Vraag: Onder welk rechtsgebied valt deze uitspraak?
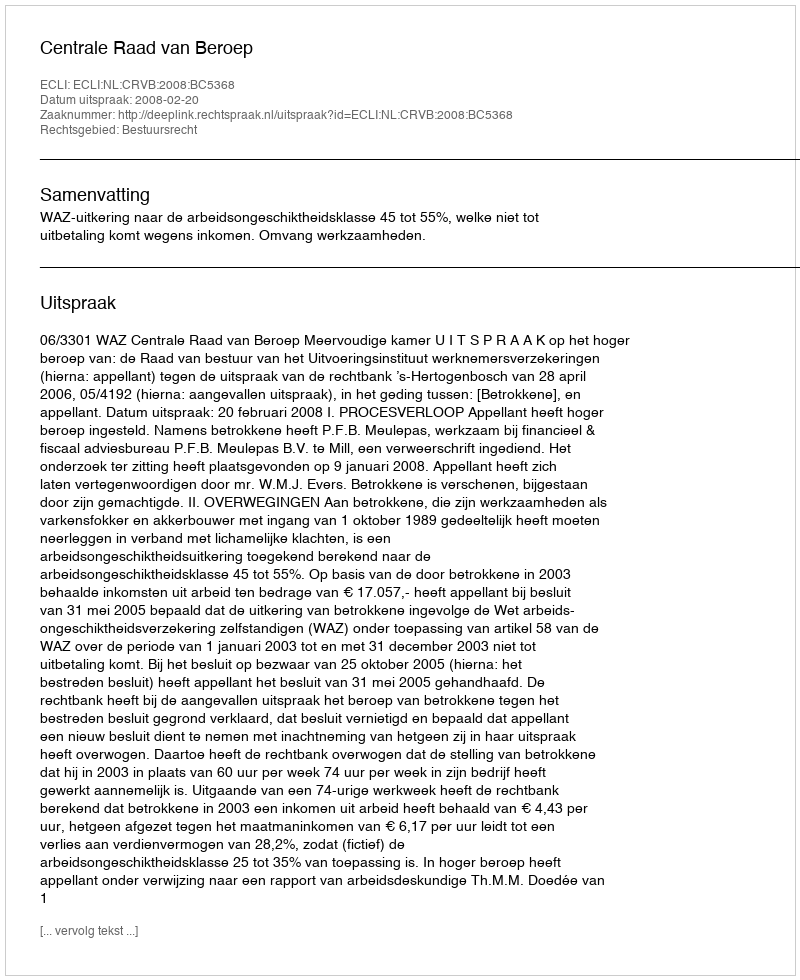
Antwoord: Bestuursrecht